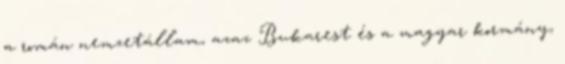
a román nemzetállam, azaz Bukarest és a magyar kormány,